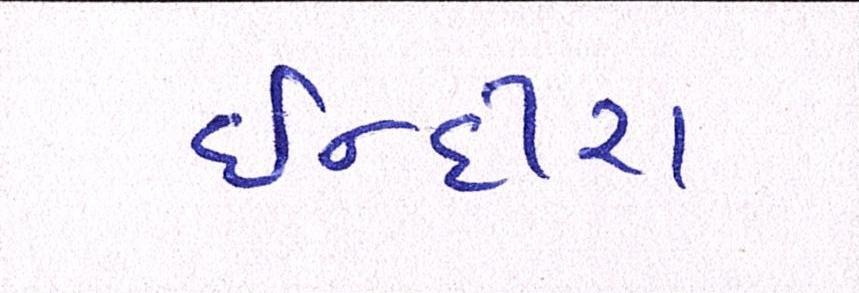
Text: ઈન્દીરા